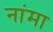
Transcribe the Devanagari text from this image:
नांमा